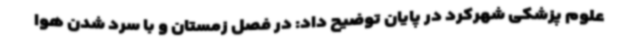
علوم پزشکی شهرکرد در پایان توضیح داد: در فصل زمستان و با سرد شدن هوا